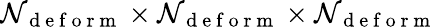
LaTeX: \mathcal{N}_{\mathrm{{~d~e~f~o~r~m~}}}\times\mathcal{N}_{\mathrm{{~d~e~f~o~r~m~}}}\times\mathcal{N}_{\mathrm{{~d~e~f~o~r~m~}}}